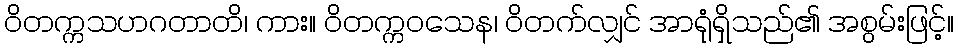
ဝိတက္ကသဟဂတာတိ၊ ကား။ ဝိတက္ကဝသေန၊ ဝိတက်လျှင် အာရုံရှိသည်၏ အစွမ်းဖြင့်။